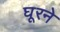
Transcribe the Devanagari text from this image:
घूरने